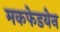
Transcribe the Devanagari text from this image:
मकफेडयेन